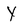
Character: Y